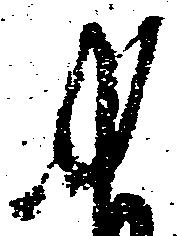
ゆ